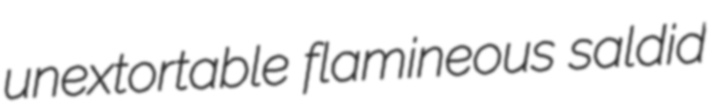
unextortable flamineous saldid